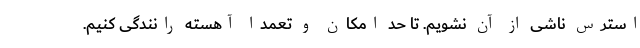
استرس ناشی از آن نشویم. تا حد امکان و تعمداً آهسته رانندگی کنیم.